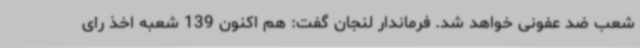
شعب ضد عفونی خواهد شد. فرماندار لنجان گفت: هم اکنون 139 شعبه اخذ رای